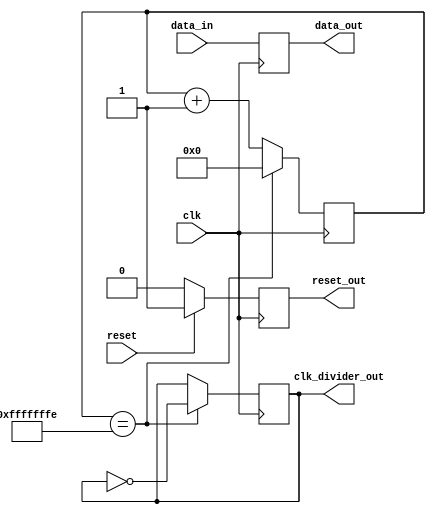
module timing_control (
    input wire clk,
    input wire reset,
    output reg clk_divider_out,
    output reg reset_out,
    input wire data_in,
    output reg data_out
);

reg [31:0] counter;

always @(posedge clk) begin
    if (counter == 32'hfffffffe) begin
        counter <= 0;
        clk_divider_out <= ~clk_divider_out;
    end else begin
        counter <= counter + 1;
    end
    
    if (reset) begin
        reset_out <= 1;
    end else begin
        reset_out <= 0;
    end
end

always @(posedge clk) begin
    data_out <= data_in;
end

endmodule